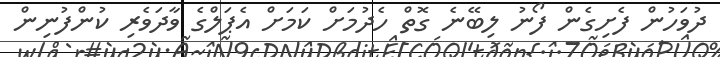
ދުވަހުން ފެށިގެން ފޯނު ލިބޭނެ ގޮތް ހެދުމަށް ކަމަށް އެޕަލްގެ ވާދަވެރި ކުންފުނިން